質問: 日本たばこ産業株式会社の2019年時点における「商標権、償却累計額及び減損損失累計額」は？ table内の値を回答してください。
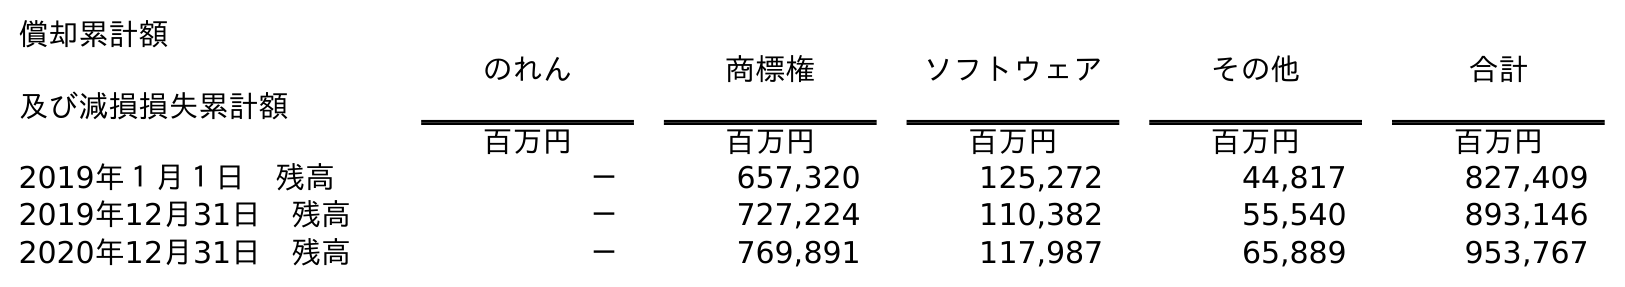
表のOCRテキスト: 償却累計額 及び減損損失累計額 のれん 商標権 ソフトウェア その他 合計 百万円 百万円 百万円 百万円 百万円 2019年１月１日 残高 － 657,320 125,272 44,817 827,409 2019年12月31日 残高 － 727,224 110,382 55,540 893,146 2020年12月31日 残高 － 769,891 117,987 65,889 953,767
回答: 727,224